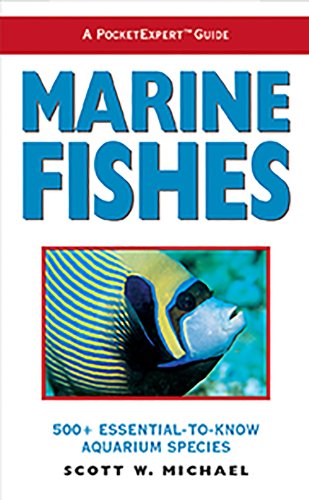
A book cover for A PocketExpert Guide to Marine Fishes: 500+ Essential-To-Know Aquarium Species; Scott W. Michael; Crafts, Hobbies & Home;